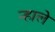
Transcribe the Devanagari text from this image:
न्हाले